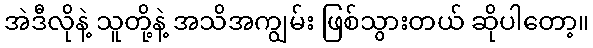
အဲဒီလိုနဲ့ သူတို့နဲ့ အသိအကျွမ်း ဖြစ်သွားတယ် ဆိုပါတော့။